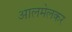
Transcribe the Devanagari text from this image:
आलमेलकर